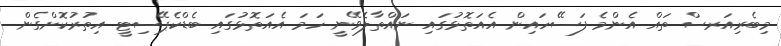
މިބެރިއަރސް ތައް އެންމެ ފަސޭހައިން އެއަތޮޅުގައި ނައްތާލެވޭނީ ހަމަ އެއަތޮޅުގައި ބެޑްކެޕޭސިޓީ އިތުރުކޮށްގެން